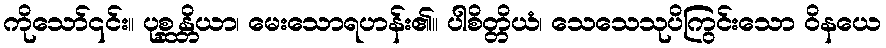
ကိုသော်၎င်း။ ပုစ္ဆန္တိယာ၊ မေးသောရဟန်း၏။ ပါစိတ္တိယံ၊ သေသေသုပိကြွင်းသော ဝိနယေ